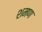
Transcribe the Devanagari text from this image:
शमण